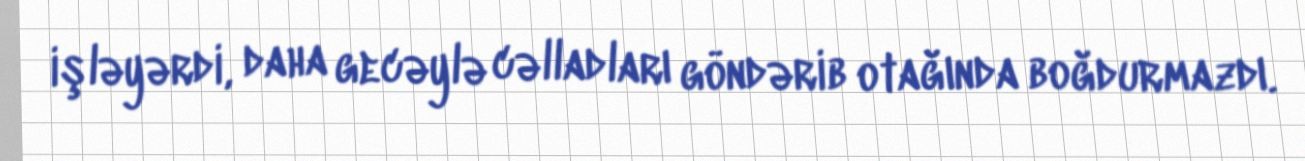
işləyərdi, daha gecəylə cəlladları göndərib otağında boğdurmazdı.